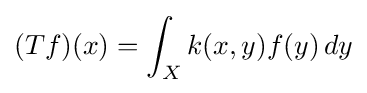
(Tf)(x)=\int _{X}k(x,y)f(y)\,dy